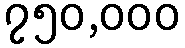
၇၅၀,၀၀၀